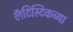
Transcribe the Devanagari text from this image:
लॅटिस्टिकच्या